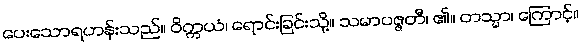
ပေးသောရဟန်းသည်။ ဝိက္ကယံ၊ ရောင်းခြင်းသို့။ သမာပဇ္ဇတီ၊ ၏။ တသ္မာ၊ ကြောင့်။